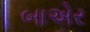
બાએર